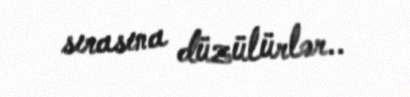
sırasına düzülürlər..